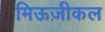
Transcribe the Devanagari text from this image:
मिऊज़ीकल